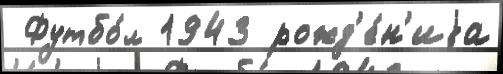
 Футбо́л 1943 рожд'е́н'иjа